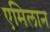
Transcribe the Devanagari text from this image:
एमिलान